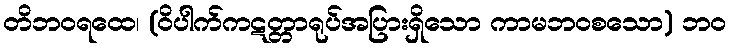
တိဘဝရထေ၊ (ဝိပါက်ကဋတ္တာရုပ်အပြားရှိသော ကာမဘဝစသော) ဘဝ